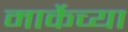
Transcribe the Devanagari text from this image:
मार्केच्या